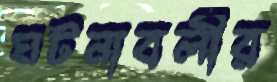
ঘটনাবলীর